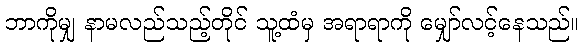
ဘာကိုမျှ နာမလည်သည့်တိုင် သူ့ထံမှ အရာရာကို မျှော်လင့်နေသည်။